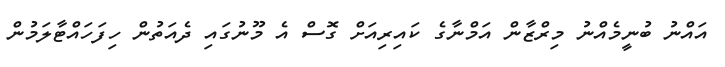
އައްނު ބުނީމެއްނު މިރްޒާން އަމްނާގެ ކައިރިއަށް ގޮސް އެ މޫނުގައި ދެއަތުން ހިފަހައްޓާލަމުން